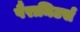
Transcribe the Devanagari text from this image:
पैरामिटर्स